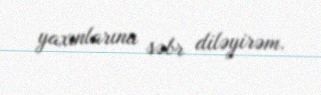
yaxınlarına səbr diləyirəm.